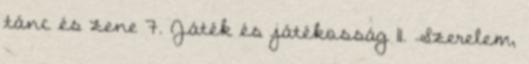
tánc és zene 7. Játék és játékosság 11. Szerelem,